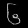
Digit: ၆